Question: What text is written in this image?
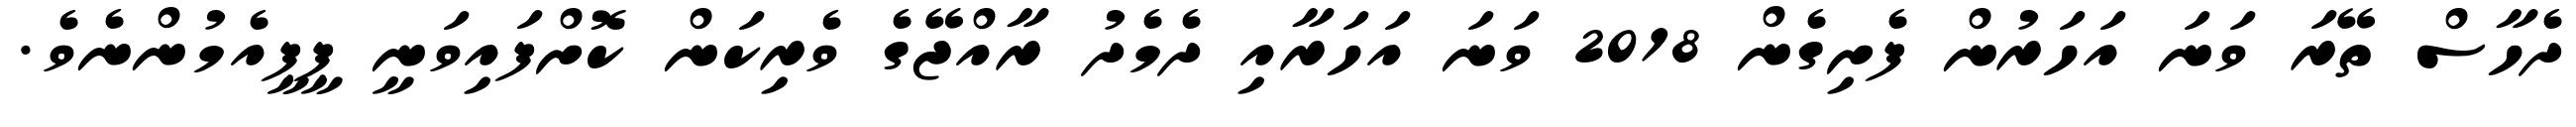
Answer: ދެހާސް ތޭރަ ވަނަ އަހަރުން ފެށިގެން 2018 ވަނަ އަހަރާއި ދެމެދު ރާއްޖޭގެ ވެރިކަން ކޮށްފައިވަނީ ޕީޕީއެމުންނެވެ.